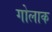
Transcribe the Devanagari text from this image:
गोलाक